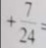
+ \frac { 7 } { 2 4 } =